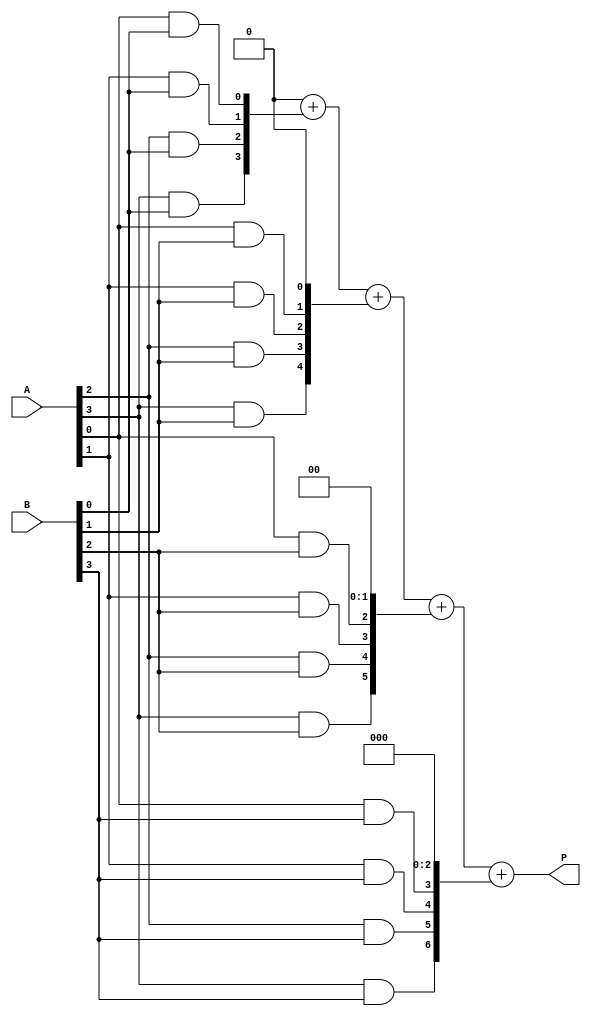
module array_multiplier #(parameter A_WIDTH = 4, B_WIDTH = 4)(
    input [A_WIDTH-1:0] A,  // m-bit multiplicand
    input [B_WIDTH-1:0] B,  // n-bit multiplier
    output reg [A_WIDTH + B_WIDTH - 1:0] P  // (m+n)-bit product
);

    // Intermediate partial products
    wire [A_WIDTH-1:0] partial_products[B_WIDTH-1:0];

    // Generate partial products using AND gates
    genvar i, j;
    generate
        for (i = 0; i < B_WIDTH; i = i + 1) begin : pp_gen
            for (j = 0; j < A_WIDTH; j = j + 1) begin : and_gen
                assign partial_products[i][j] = A[j] & B[i]; // AND gate
            end
        end
    endgenerate

    // Sum the partial products using a simple adder tree
    reg [A_WIDTH + B_WIDTH - 1:0] sum [B_WIDTH-1:0];
    integer k;

    always @(*) begin
        // Initialize the product to zero
        P = 0;

        // Add each partial product to the product
        for (k = 0; k < B_WIDTH; k = k + 1) begin
            sum[k] = {partial_products[k], k'b0}; // Shift partial product
            P = P + sum[k]; // Accumulate the sum
        end
    end

endmodule